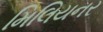
મિલિયનર